Report on sanitation, dispensaries, and jails in Rajputana for 1920, and on vaccination for the year 1920-1921 - 1920-1921
Year: 1920
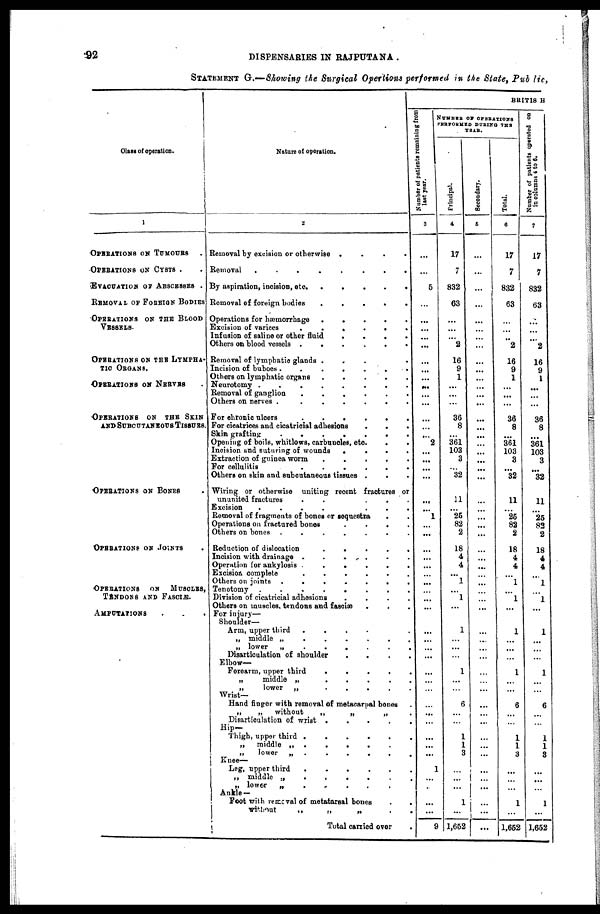
92
DISPENSARIES IN RAJPUTANA .
STATEMENT G.—Showing the Surgical Opertions performed in the State, Public,
Class of operation.
1
OPERATIONS ON TUMOURS .
OPERATIONS ON CYSTS ..
EVACUATION OF ABSCRSSES .
REMOVAL OF FOREING BODIES
OPERATIONS ON THE BLOOD
VESSELS.
OPERATIONS ON THE LYMPHA-
TIC ORGANS.
OPERATIONS ON NERVES .
OPERATIONS
ON THE SKIN
AND SUBCUTANEOUS TISSUES.
OPERATIONS ON BONES .
OPERATIONS ON JOINTS .
OPERATIONS
ON MUSCLES,
TENDONS AND FASCIE.
AMPUTATIONS
...
Nature of operation.
2
Removal by excision or otherwise
....
Removal
........
By aspiration, incision,
etc.....
Removal of foreign bodies
.
.
.
.
.
Operations for hæmorrhage .
.
.
.
.
Excision of varices
......
Infusion of saline or other
fluid
.
.
.
.
Others on blood vessels
......
Removal of lymphatic glands .
.
.
Incision of buboes
.......
Others on lymphatic organs
.....
Neurotomy
........
Removal of ganglion
......
Others on nerves
......
For chronic ulcers
......
For cicatrices and cicatricial adhesions
...
Skin grafting
.......
Opening of boils, whitlows, carbuncles, etc
...
Incision and suturing of wounds
.
.
.
.
Extraction of guinea worm .
.
.
.
.
For cellulitis
......
Others on skin and subcutaneous tissues ...
Wiring or otherwise uniting recent fractures or
ununited fractures
.
.
.
.
.
Excision
.......
Removal of fragments of bones or sequestra ..
Operations on fractured bones
.
.
.
.
Others on bones
.......
Reduction of dislocation
.
.
.
.
.
Incision with drainage
.....
Operation for ankylosis
......
Excision complete
......
Others on joints
.......
Tenotomy
........
Division of cicatricial adhesions
.
.
.
.
Others on muscles, tendons and fasciæ ...
For injury—
Shoulder—
Arm, upper third .....
„ middle „
.......
„ lower „
.......
Disarticulation of shoulder
.
.
.
.
Elbow-
Forearm, upper third
.
.
.
.
.
„
middle „
.
.
.
.
.
„
lower „
....
Wrist—
Hand finger with removal of metacarpal bones.
„
„
without
„
„
„ .
Disarticulation of wrist .
.
.
.
.
Hip—
Thigh, upper third
......
„
middle „
....
„
lower
„
.
.
.
.
.
Knee—
Leg, upper third
......
„ middle „
......
„ lower
„
.....
Ankle—
Foot with removal of metatarsal bones ..
without
„
„
„
..
Total carried over.
BRITISH
Number of patients remaining from
last year.
3
...
...
5
...
...
...
...
...
...
...
...
...
...
...
...
...
...
2
...
...
...
...
...
...
1
...
...
...
...
...
...
...
...
...
...
...
...
...
...
...
...
...
...
...
...
...
...
...
1
...
...
...
...
9
NUMBER OF OPERATIONS
PERFORMED DURING THE
YEAR.
Principal.
4
17
7
832
63
...
...
...
2
16
9
1
...
...
...
36
8
...
361
103
3
...
32
11
...
25
82
2
18
4
4
...
1
...
1
...
1
...
...
...
1
...
...
6
...
...
1
1
3
...
...
...
1
...
1,652
Secondary.
5
...
...
...
...
...
...
...
...
...
...
...
...
...
...
...
...
...
...
...
...
...
...
...
...
...
...
...
...
...
...
...
...
...
...
...
...
...
...
...
...
...
...
...
...
...
...
...
...
...
...
...
...
...
...
Total.
6
17
7
832
63
...
...
...
2
16
9
1
...
...
...
36
8
...
361
103
3
...
32
11
...
25
82
2
18
4
4
...
1
...
1
...
1
...
...
...
1
...
...
6
...
...
1
1
3
...
...
...
1
...
1,652
Number of patients operated on
in columns 4 to 6.
7
17
7
832
63
...
...
...
2
16
9
1
...
...
...
36
8
...
361
103
3
...
32
11
...
25
82
2
18
4
4
...
1
...
1
...
1
...
...
...
1
...
...
6
...
...
1
1
3
...
...
...
1
...
1,652